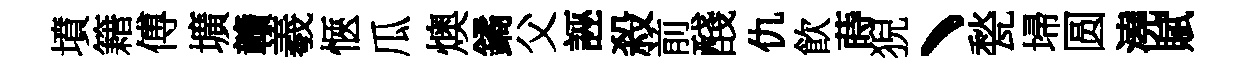
墳籍傅壙贛羲愜瓜燠鐍父誣殺前醆仇飮蒔猊丶甃埽圆澆賦